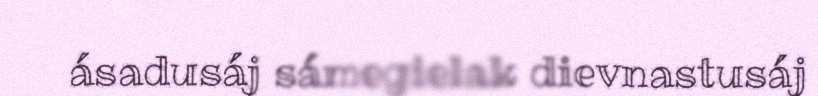
ásadusáj sámegielak dievnastusáj